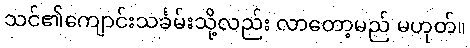
သင်၏ကျောင်းသင်္ခမ်းသို့လည်း လာတော့မည် မဟုတ်။